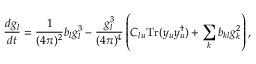
\frac { d g _ { l } } { d t } = \frac { 1 } { ( 4 \pi ) ^ { 2 } } b _ { l } g _ { l } ^ { 3 } - \frac { g _ { l } ^ { 3 } } { ( 4 \pi ) ^ { 4 } } \left( C _ { l u } \mathrm { T r } ( y _ { u } y _ { u } ^ { \dagger } ) + \sum _ { k } b _ { k l } g _ { k } ^ { 2 } \right) ,